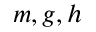
m , g , h